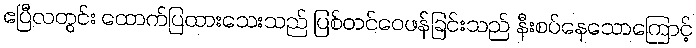
ဧပြီလတွင်း ထောက်ပြထားသေးသည် ပြစ်တင်ဝေဖန်ခြင်းသည် နီးစပ်နေသောကြောင့်